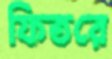
ফিতরে